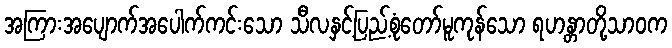
အကြားအပျောက်အပေါက်ကင်းသော သီလနှင့်ပြည့်စုံတော်မူကုန်သော ရဟန္တာတို့သာဝက